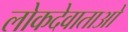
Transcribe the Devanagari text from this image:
लोकदेवाताओ